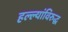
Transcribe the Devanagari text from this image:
हल्ल्यांविरुद्ध